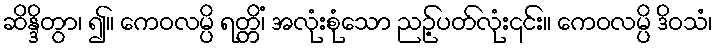
ဆိန္ဒိတွာ၊ ၍။ ကေဝလမ္ပိ ရတ္တိံ၊ အလုံးစုံသော ညဉ့်ပတ်လုံး၎င်း။ ကေဝလမ္ပိ ဒိဝသံ၊